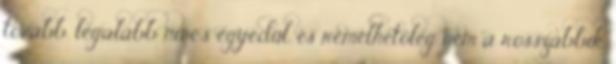
tovább. legalább nincs egyedül. és remélhetőleg nem a rosszabbik